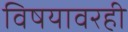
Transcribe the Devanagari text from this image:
विषयावरही